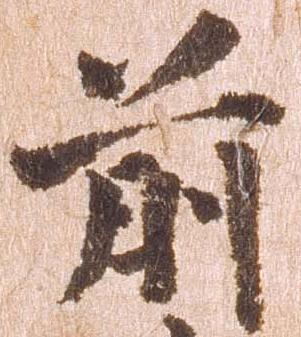
前